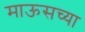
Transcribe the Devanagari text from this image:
माऊसच्या